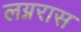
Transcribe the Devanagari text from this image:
लग्नरास